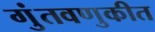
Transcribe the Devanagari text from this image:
गुंतवणुकीत